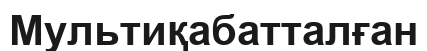
Мультиқабатталған